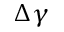
\Delta \gamma